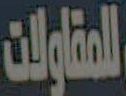
للمقاولات